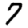
Digit: 7